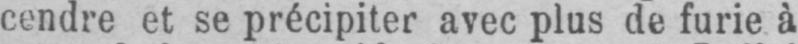
cendre et se précipiter avec plus de furie à